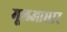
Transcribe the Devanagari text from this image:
मूलआधार